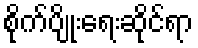
စိုက်ပျိုးရေးဆိုင်ရာ